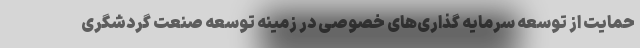
حمایت از توسعه سرمایه­ گذاری­های خصوصی در زمینه توسعه صنعت گردشگری